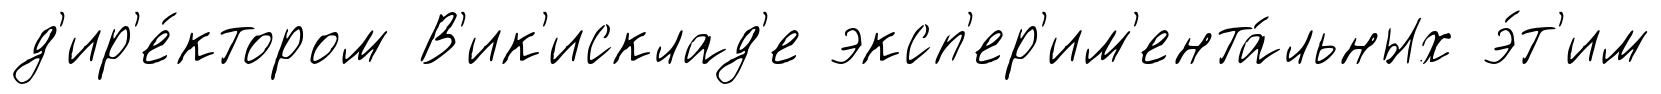
д'ир'е́ктором В'ик'исклад'е эксп'ер'им'ента́льных э́т'им